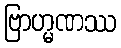
ဗြာဟ္မဏဿ